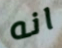
انه